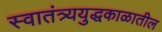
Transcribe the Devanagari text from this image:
स्वातंत्र्ययुद्धकाळातील